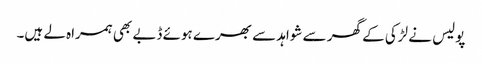
پولیس نے لڑکی کے گھر سے شواہد سے بھرے ہوئے ڈبے بھی ہمراہ لے ہیں۔